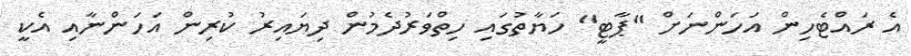
އެ ރައްޓެހިން އަހަންނަށް "ޕާޓީ" ހަޔާތުގައި ހިތްވަރުދެމުން ދިޔައިރު ކުރިން އަހަންނާއި އެކީ